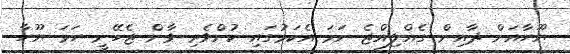
ޔޫހާއަށް ދާއިން ގެއްލިއްޖެ ނަމަ އެކަމުގައި ކުށްވެރި ވާން ޖެހޭނީ ހަމަ ޔޫހާ